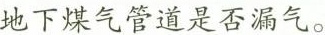
地下煤气管道是否漏气。